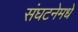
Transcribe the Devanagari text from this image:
संघटनेमधे